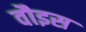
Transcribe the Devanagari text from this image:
वौइस